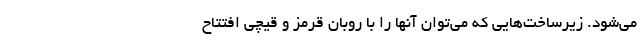
می‌شود. زیرساخت‌هایی که می‌توان آنها را با روبان قرمز و قیچی افتتاح